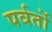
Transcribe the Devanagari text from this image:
पर्वर्तो